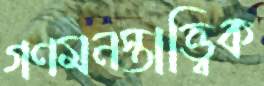
গণমনস্তাত্ত্বিক